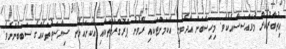
އިތުބާރުކުރާ މުވައްސަސާއެކެވެ. މިހިސާބަށް އާދެވުނީ އެކަމަށްޓަކައި ރޭވުނު ޕްރޮގްރާމްތަކާއި އެކަށައެޅުނު ސިޔާސަތުތަކެއްގެ ސަބަބުންނެވެ.